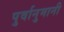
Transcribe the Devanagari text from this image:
पुर्वानुमानी